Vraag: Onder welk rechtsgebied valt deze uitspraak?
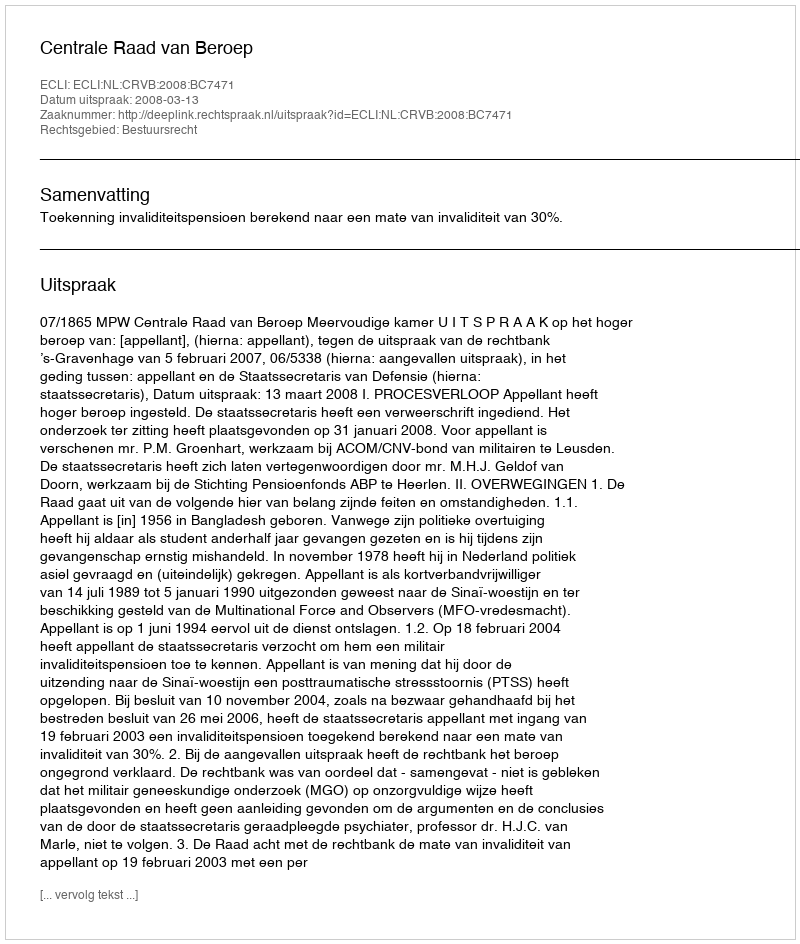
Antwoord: Bestuursrecht